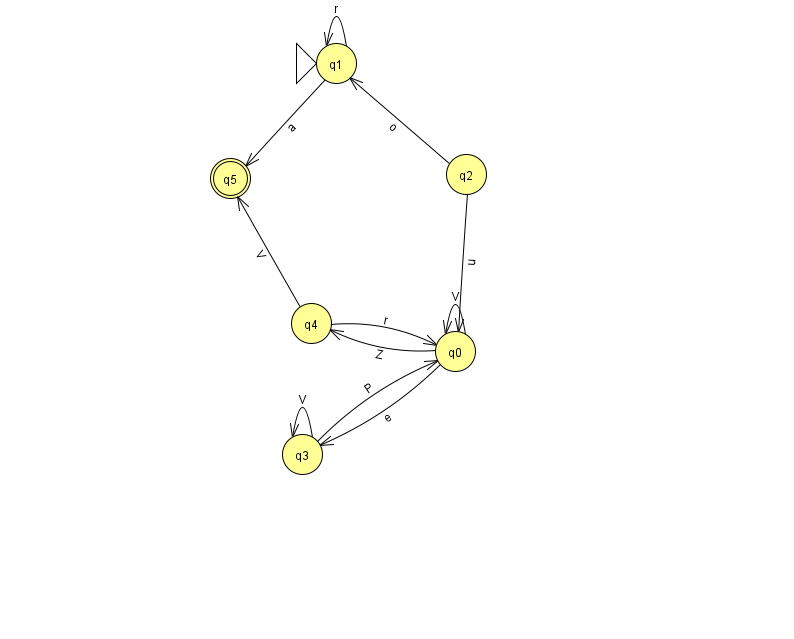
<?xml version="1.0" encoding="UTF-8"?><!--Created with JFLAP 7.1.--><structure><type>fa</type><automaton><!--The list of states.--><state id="0" name="q0"><x>455.0</x><y>338.0</y></state><state id="1" name="q1"><x>336.0</x><y>50.0</y><initial/></state><state id="2" name="q2"><x>466.0</x><y>161.0</y></state><state id="3" name="q3"><x>302.0</x><y>441.0</y></state><state id="4" name="q4"><x>311.0</x><y>310.0</y></state><state id="5" name="q5"><x>230.0</x><y>165.0</y><final/></state><!--The list of transitions.--><transition><from>0</from><to>4</to><read>Z</read></transition><transition><from>3</from><to>0</to><read>P</read></transition><transition><from>1</from><to>1</to><read>r</read></transition><transition><from>2</from><to>0</to><read>u</read></transition><transition><from>0</from><to>3</to><read>e</read></transition><transition><from>4</from><to>5</to><read>V</read></transition><transition><from>0</from><to>0</to><read>V</read></transition><transition><from>3</from><to>3</to><read>V</read></transition><transition><from>1</from><to>5</to><read>a</read></transition><transition><from>2</from><to>1</to><read>o</read></transition><transition><from>4</from><to>0</to><read>r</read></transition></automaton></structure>